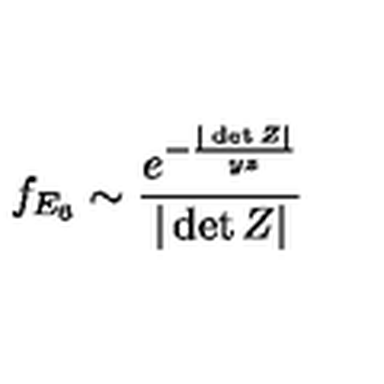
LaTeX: f _ { E _ { 6 } } \sim \frac { e ^ { - \frac { | \det Z | } { y z } } } { | \det Z | }